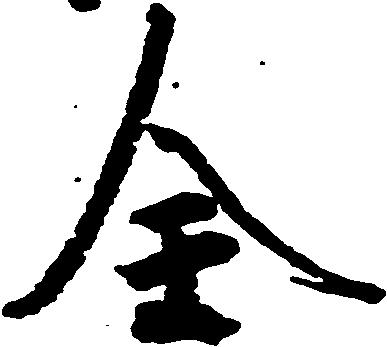
全